Vaccination Hyderabad 1872-1889 - 1872-1889
Year: 1872
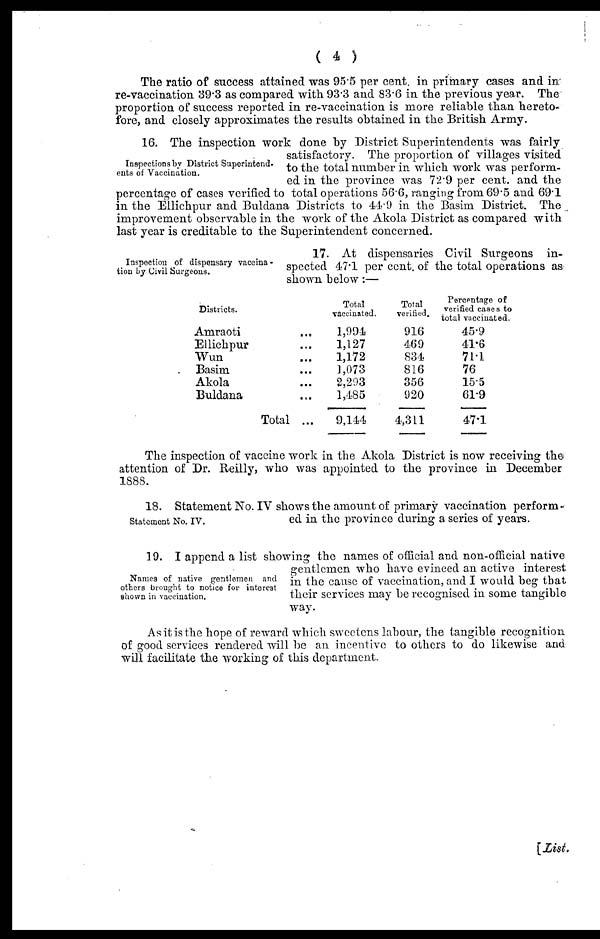
( 4 )
The ratio of success attained was 95.5 per cent. in primary cases and in
re-vaccination 39.3 as compared with 93.3 and 83.6 in the previous year. The
proportion of success reported in re-vaccination is more reliable than hereto-
fore, and closely approximates the results obtained in the British Army.
Inspections by District Superintend¬
ents of Vaccination.
16. The inspection work done by District Superintendents was fairly
satisfactory. The proportion of villages visited
to the total number in which work was perform-
ed in the province was 72.9 per cent. and the
percentage of cases verified to total operations 56.6, ranging from 69.5 and 69.1
in the Ellichpur and Buldana Districts to 44.9 in the Basim District. The
improvement observable in the work of the Akola District as compared with
last year is creditable to the Superintendent concerned.
Inspection of dispensary vaccina¬
tion by Civil Surgeons.
17. At dispensaries Civil Surgeons in-
spected 47.1 per cent. of the total operations as
shown below:—
Districts.
Amraoti ...
Ellichpur ...
Wun ...
Basim ...
Akola ...
Buldana ...
Total ...
Total
vaccinated.
1,994
1,127
1,172
1,073
2,293
1,485
9,144
Total
verified.
916
469
834
816
356
920
4,311
Percentage of
verified cases to
total vaccinated.
45.9
41.6
71.1
76
15.5
61.9
47.1
The inspection of vaccine work in the Akola District is now receiving the
attention of Dr. Reilly, who was appointed to the province in December
1888.
Statement No. IV.
18. Statement No. IV shows the amount of primary vaccination perform-
ed in the province during a series of years.
Names of native gentlemen and
others brought to notice for interest
shown in vaccination.
19. I append a list showing the names of official and non-official native
gentlemen who have evinced an active interest
in the cause of vaccination, and I would beg that
their services may be recognised in some tangible
way.
As it is the hope of reward which sweetens labour, the tangible recognition
of good services rendered will be an incentive to others to do likewise and
will facilitate the working of this department.
[List.